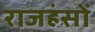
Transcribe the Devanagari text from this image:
राजहंसों